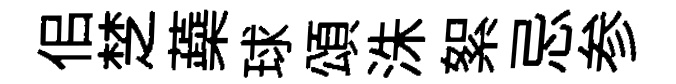
佀椘蘃球頌洙絮忌参